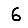
Digit: 6